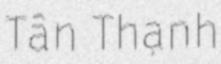
Tân Thạnh